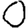
Digit: 0